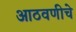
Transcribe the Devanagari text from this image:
आठवणीचे